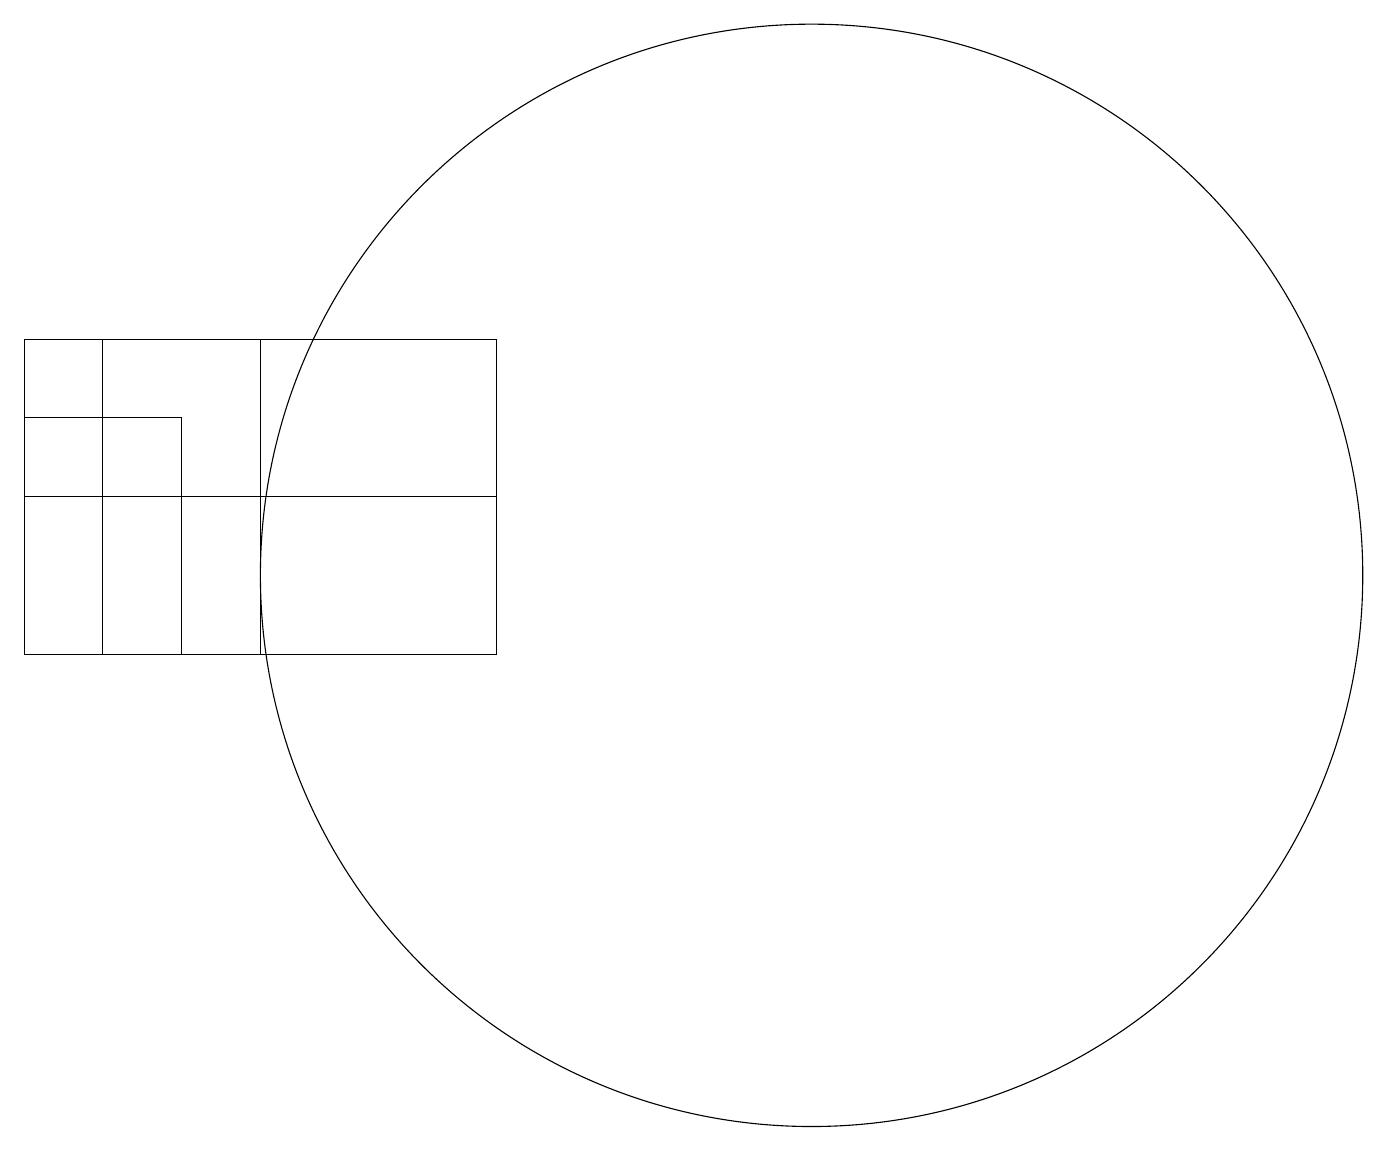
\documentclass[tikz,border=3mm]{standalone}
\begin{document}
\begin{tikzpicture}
\draw (3,11) rectangle (0,15);
\draw (10,12) circle (7);
\draw (2,13) rectangle (6,11);
\draw (0,13) rectangle (2,14);
\draw (6,15) rectangle (1,11);
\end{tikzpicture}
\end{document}